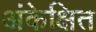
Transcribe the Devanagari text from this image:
अंकेक्षित